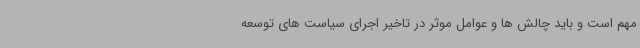
مهم است و باید چالش ها و عوامل موثر در تاخیر اجرای سیاست های توسعه